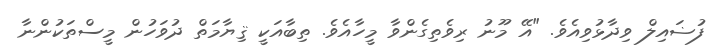
ފުޟައިލް ވިދާޅުވިއެވެ. "އޭ މޫނު ރިވެތިގެންވާ މީހާއެވެ. ތިބާއަކީ ޤިޔާމަތް ދުވަހުން މީސްތަކުންނާ